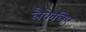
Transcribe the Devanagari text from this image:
लैकेलिए